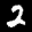
Label: 2